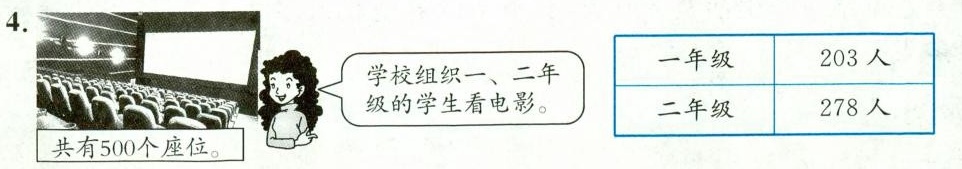
4.学校组织一、二年一年级 203人级的学生看电影。 二年级 278人共有500个座位。